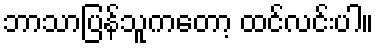
ဘာသာပြန်သူကတော့ ထင်လင်းပါ။